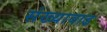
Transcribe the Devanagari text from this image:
संख्यावाढ